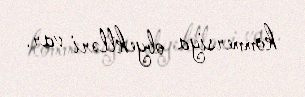
kommersiya obyektləri var.